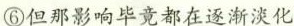
⑥但那影响毕竟都在逐渐淡化